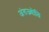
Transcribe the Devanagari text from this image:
अंतज्र्योति